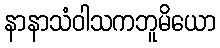
နာနာသံဝါသကဘူမိယော